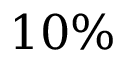
1 0 \%